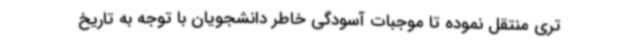
تری منتقل نموده تا موجبات آسودگی خاطر دانشجویان با توجه به تاریخ